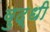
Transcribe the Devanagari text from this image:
वुद्धी